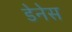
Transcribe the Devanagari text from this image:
डेनेस